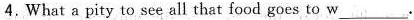
4.What a pity to see all that food goes to w___